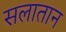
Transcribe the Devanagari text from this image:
सलातान